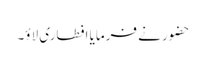
حضور نے فرمایا افطاری لاؤ۔